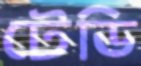
টেডি